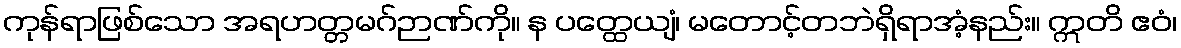
ကုန်ရာဖြစ်သော အရဟတ္တမဂ်ဉာဏ်ကို။ န ပတ္ထေယျံ၊ မတောင့်တဘဲရှိရာအံ့နည်း။ ဣတိ ဧဝံ၊